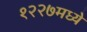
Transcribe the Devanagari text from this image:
१२२७मध्ये